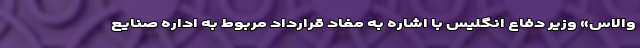
والاس» وزیر دفاع انگلیس با اشاره به مفاد قرارداد مربوط به اداره صنایع